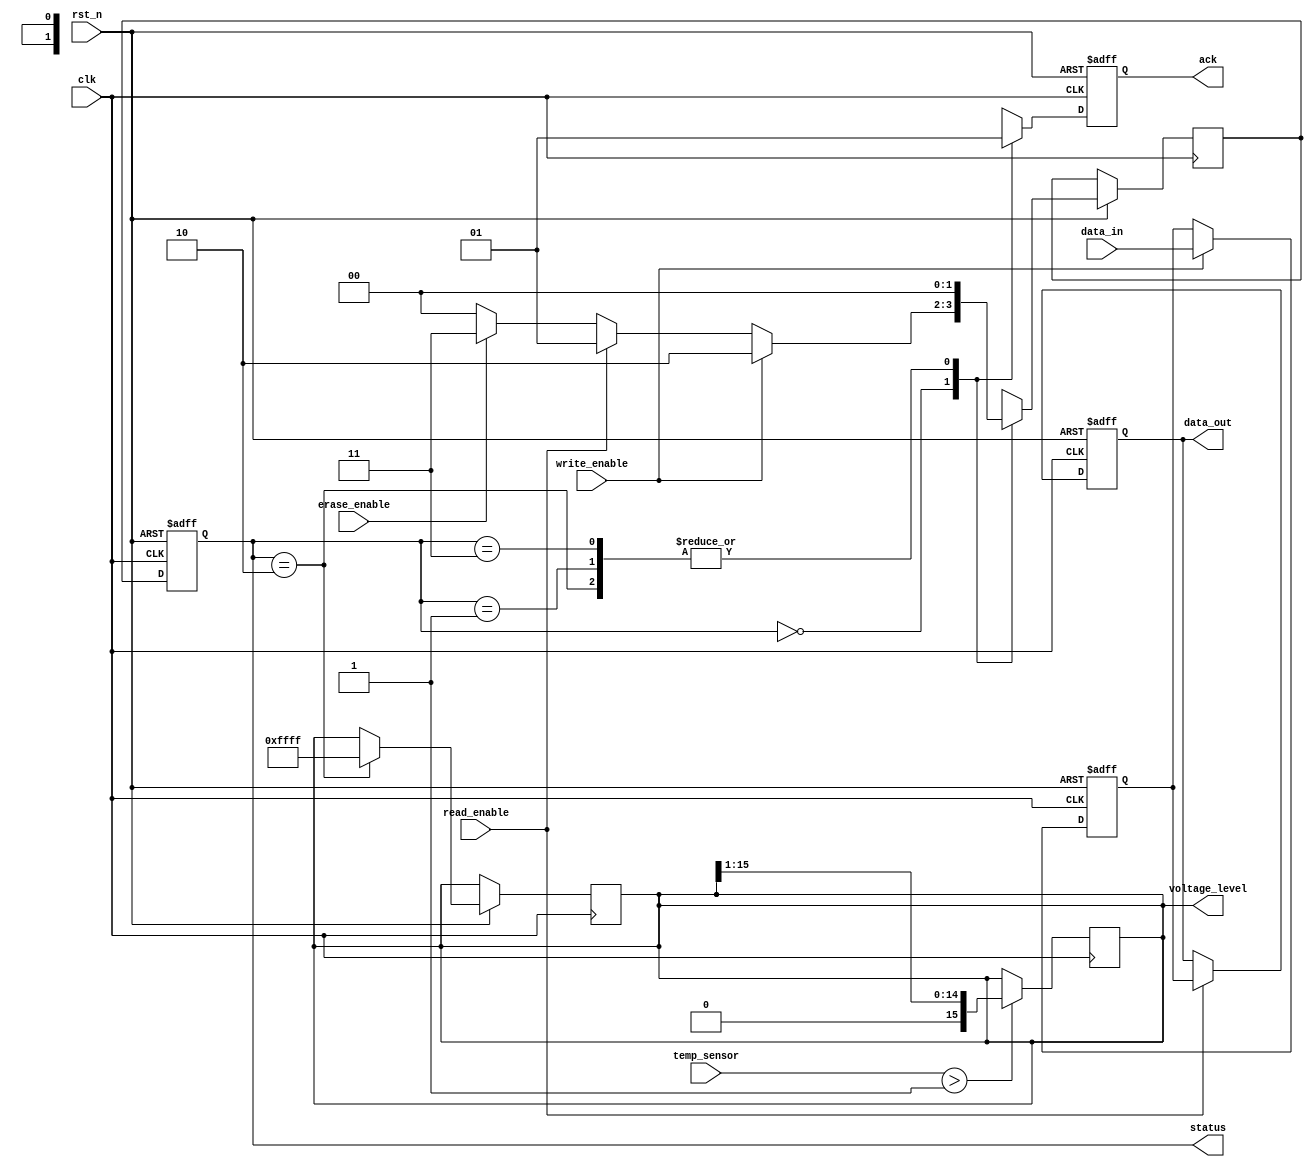
module PCM_IO_Block (
    input wire clk,
    input wire rst_n,
    input wire [DATA_WIDTH-1:0] data_in,
    output wire [DATA_WIDTH-1:0] data_out,
    input wire read_enable,
    input wire write_enable,
    input wire erase_enable,
    output wire ack,
    output wire [1:0] status, // 00: idle, 01: reading, 10: writing, 11: erasing
    output wire [15:0] voltage_level, // Voltage level for write driver
    input wire [1:0] temp_sensor // Temperature sensor input
);

parameter DATA_WIDTH = 8; // Data bus width
parameter VOLTAGE_MAX = 16'hFFFF; // Max voltage level

// State definitions
localparam IDLE = 2'b00;
localparam READ = 2'b01;
localparam WRITE = 2'b10;
localparam ERASE = 2'b11;

reg [1:0] current_state, next_state;
reg [DATA_WIDTH-1:0] buffer_in;
reg [DATA_WIDTH-1:0] buffer_out;
reg [15:0] write_voltage;
reg ack_reg;

// Data Input/Output Buffers
always @(posedge clk or negedge rst_n) begin
    if (!rst_n) begin
        buffer_in <= 0;
        buffer_out <= 0;
    end else begin
        if (write_enable) begin
            buffer_in <= data_in;
        end
        if (read_enable) begin
            buffer_out <= buffer_in; // Simulated read from buffer
        end
    end
end

// Control Logic (State Machine)
always @(posedge clk or negedge rst_n) begin
    if (!rst_n) begin
        current_state <= IDLE;
        ack_reg <= 0;
    end else begin
        current_state <= next_state;
        case (current_state)
            IDLE: begin
                ack_reg <= 0;
                if (write_enable) begin
                    next_state <= WRITE;
                end else if (read_enable) begin
                    next_state <= READ;
                end else if (erase_enable) begin
                    next_state <= ERASE;
                end else begin
                    next_state <= IDLE;
                end
            end
            WRITE: begin
                write_voltage <= VOLTAGE_MAX; // Set voltage for writing
                ack_reg <= 1;
                next_state <= IDLE; // Transition back to IDLE after write
            end
            READ: begin
                ack_reg <= 1; // Acknowledge read operation
                next_state <= IDLE; // Transition back to IDLE after read
            end
            ERASE: begin
                // Logic for erasing (not implemented, placeholder)
                ack_reg <= 1;
                next_state <= IDLE; // Transition back to IDLE after erase
            end
        endcase
    end
end

// Assign outputs
assign data_out = buffer_out;
assign ack = ack_reg;
assign status = current_state;
assign voltage_level = write_voltage;

// Thermal Management (placeholder)
always @(posedge clk) begin
    // Simple thermal management logic based on temperature sensor
    if (temp_sensor > 2'b01) begin
        // Logic to reduce write voltage or enter low power mode
        write_voltage <= write_voltage >> 1; // Example: halve the voltage
    end
end

endmodule